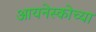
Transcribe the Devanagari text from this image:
आयनेस्कोच्या